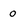
Character: 0